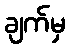
ချက်မှ